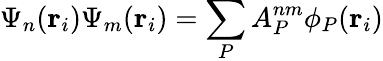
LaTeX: \Psi_{n}(\mathbf{r}_{i})\Psi_{m}(\mathbf{r}_{i})=\sum_{P}A_{P}^{nm}\phi_{P}(\mathbf{r}_{i})